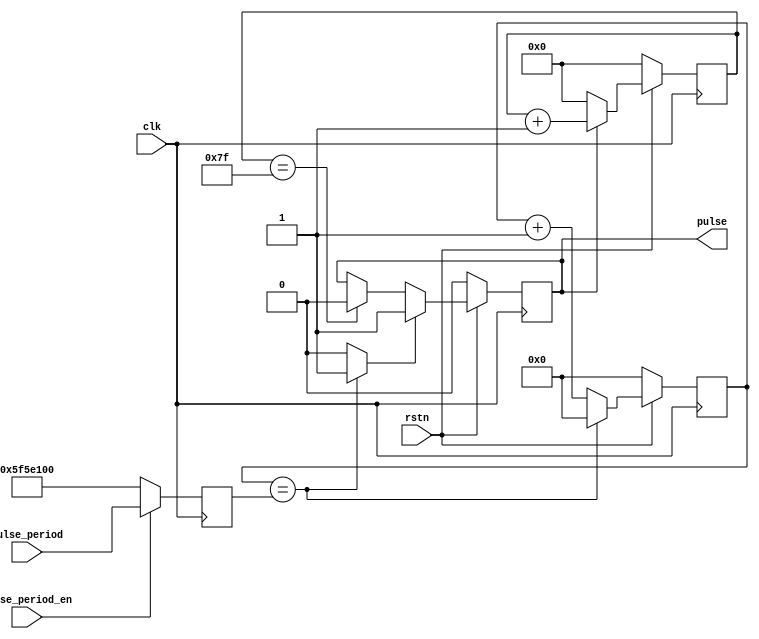
module util_pulse_gen #(
  parameter   PULSE_WIDTH = 7,
  parameter   PULSE_PERIOD = 100000000)(         
  input               clk,
  input               rstn,
  input       [31:0]  pulse_period,
  input               pulse_period_en,
  output  reg         pulse
);
  reg     [(PULSE_WIDTH-1):0]  pulse_width_cnt = {PULSE_WIDTH{1'b1}};
  reg     [31:0]               pulse_period_cnt = 32'h0;
  reg     [31:0]               pulse_period_d = 32'b0;
  wire                         end_of_period_s;
  always @(posedge clk) begin
    pulse_period_d <= (pulse_period_en) ? pulse_period : PULSE_PERIOD;
  end
  always @(posedge clk) begin
    if (rstn == 1'b0) begin
      pulse_period_cnt <= 32'h0;
    end else begin
      pulse_period_cnt <= (pulse_period_cnt == pulse_period_d) ? 32'b0 : (pulse_period_cnt + 1);
    end
  end
  assign  end_of_period_s = (pulse_period_cnt == pulse_period_d) ? 1'b1 : 1'b0;
  always @(posedge clk) begin
    if (rstn == 1'b0) begin
      pulse_width_cnt <= 0;
      pulse <= 0;
    end else begin
      pulse_width_cnt <= (pulse == 1'b1) ? pulse_width_cnt + 1 : {PULSE_WIDTH{1'h0}};
      if(end_of_period_s == 1'b1) begin
        pulse <= 1'b1;
      end else if(pulse_width_cnt == {PULSE_WIDTH{1'b1}}) begin
        pulse <= 1'b0;
      end
    end
  end
endmodule